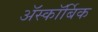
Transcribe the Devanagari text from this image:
ॲस्कॉर्बिक